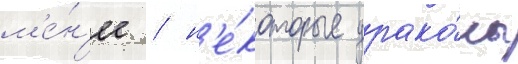
м'е́н'ее / н'е́которые драко́ны